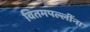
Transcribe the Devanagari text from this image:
वितमपल्लींना